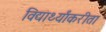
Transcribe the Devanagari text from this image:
विद्यार्थ्यांकरीता